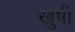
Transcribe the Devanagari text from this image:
खुषी